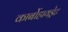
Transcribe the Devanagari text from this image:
कार्बोहायड्रेट